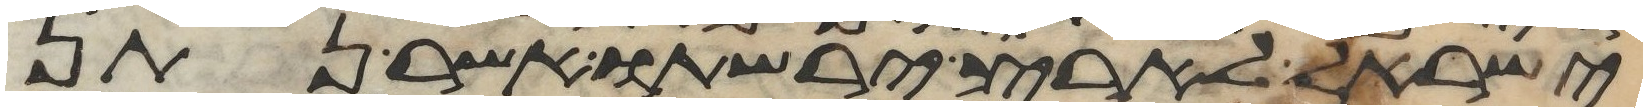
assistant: ישראל לארץ ירשתו אשר נתן